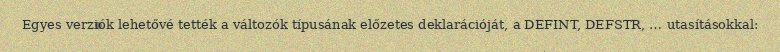
Egyes verziók lehetővé tették a változók típusának előzetes deklarációját, a DEFINT, DEFSTR, … utasításokkal: